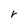
Character: r